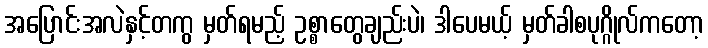
အပြောင်းအလဲနှင့်တကွ မှတ်ရမည့် ဥစ္စာတွေချည်းပဲ၊ ဒါပေမယ့် မှတ်ခါစပုဂ္ဂိုလ်ကတော့